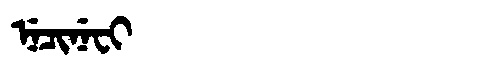
Manchu: ᠨᡝᠴᡳᠨᡝᠸᡳ
Romanization: NECINEFI